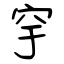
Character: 穻